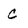
Character: c